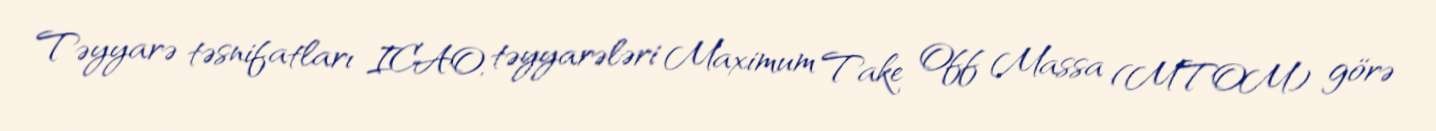
Təyyarə təsnifatları ICAO, təyyarələri Maximum Take Off Massa (MTOM) görə